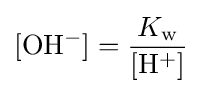
\mathrm {[OH^{-}]} ={\frac {K_{\mathrm {w} }}{\mathrm {[H^{+}]} }}